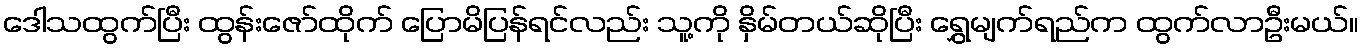
ဒေါသထွက်ပြီး ထွန်းဇော်ထိုက် ပြောမိပြန်ရင်လည်း သူ့ကို နှိမ်တယ်ဆိုပြီး ရွှေမျက်ရည်က ထွက်လာဦးမယ်။